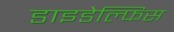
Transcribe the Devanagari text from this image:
डाइडेल्फिस